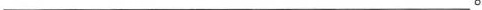
___。